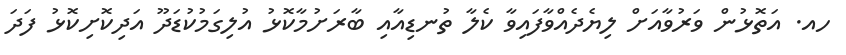
ހއ. އަތޮޅުން ވަރުވާއަށް ލިޔެދެއްވާފައިވާ ކެލާ ތުނޑިއާއި ބާރަށުމާކޮޅު އުލިގަމުކުޑަދޫ އަދިކޮށިކޮޅު ފަދަ